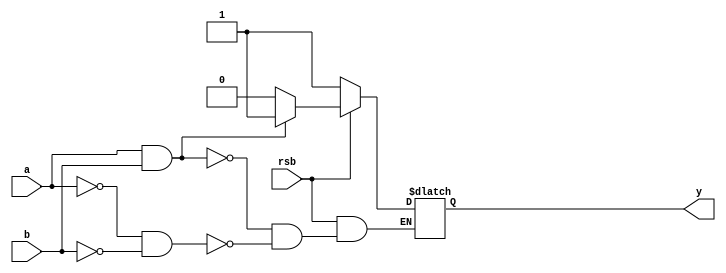
module th22s_ref (y,a,b,rsb);
 output y;
 input a;
 input b;
 input rsb;
 reg yi;
  always @(a or b or rsb) begin
   if (rsb == 0) begin
      yi <=  1;
   end
   else if (((a) & (b))) 
    begin
      yi <=  1;
    end
    else if (((a==0) & (b==0))) 
    begin
      yi <=  0;
    end
   end
  assign #1 y = yi; 
endmodule